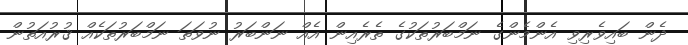
ދެން ބައިވެރިވި އެންމެންގެ ނަމްބަރުތަކުގެ ތެރެއިން އެއް ނަންބަރު ނުވަތަ ނަމްބަރުތަކެއް ޤުރުއަތުން